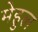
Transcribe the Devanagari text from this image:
मेहुल